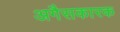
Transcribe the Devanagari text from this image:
अगैसकारक